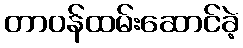
တာဝန်ထမ်းဆောင်ခဲ့